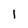
Character: 1